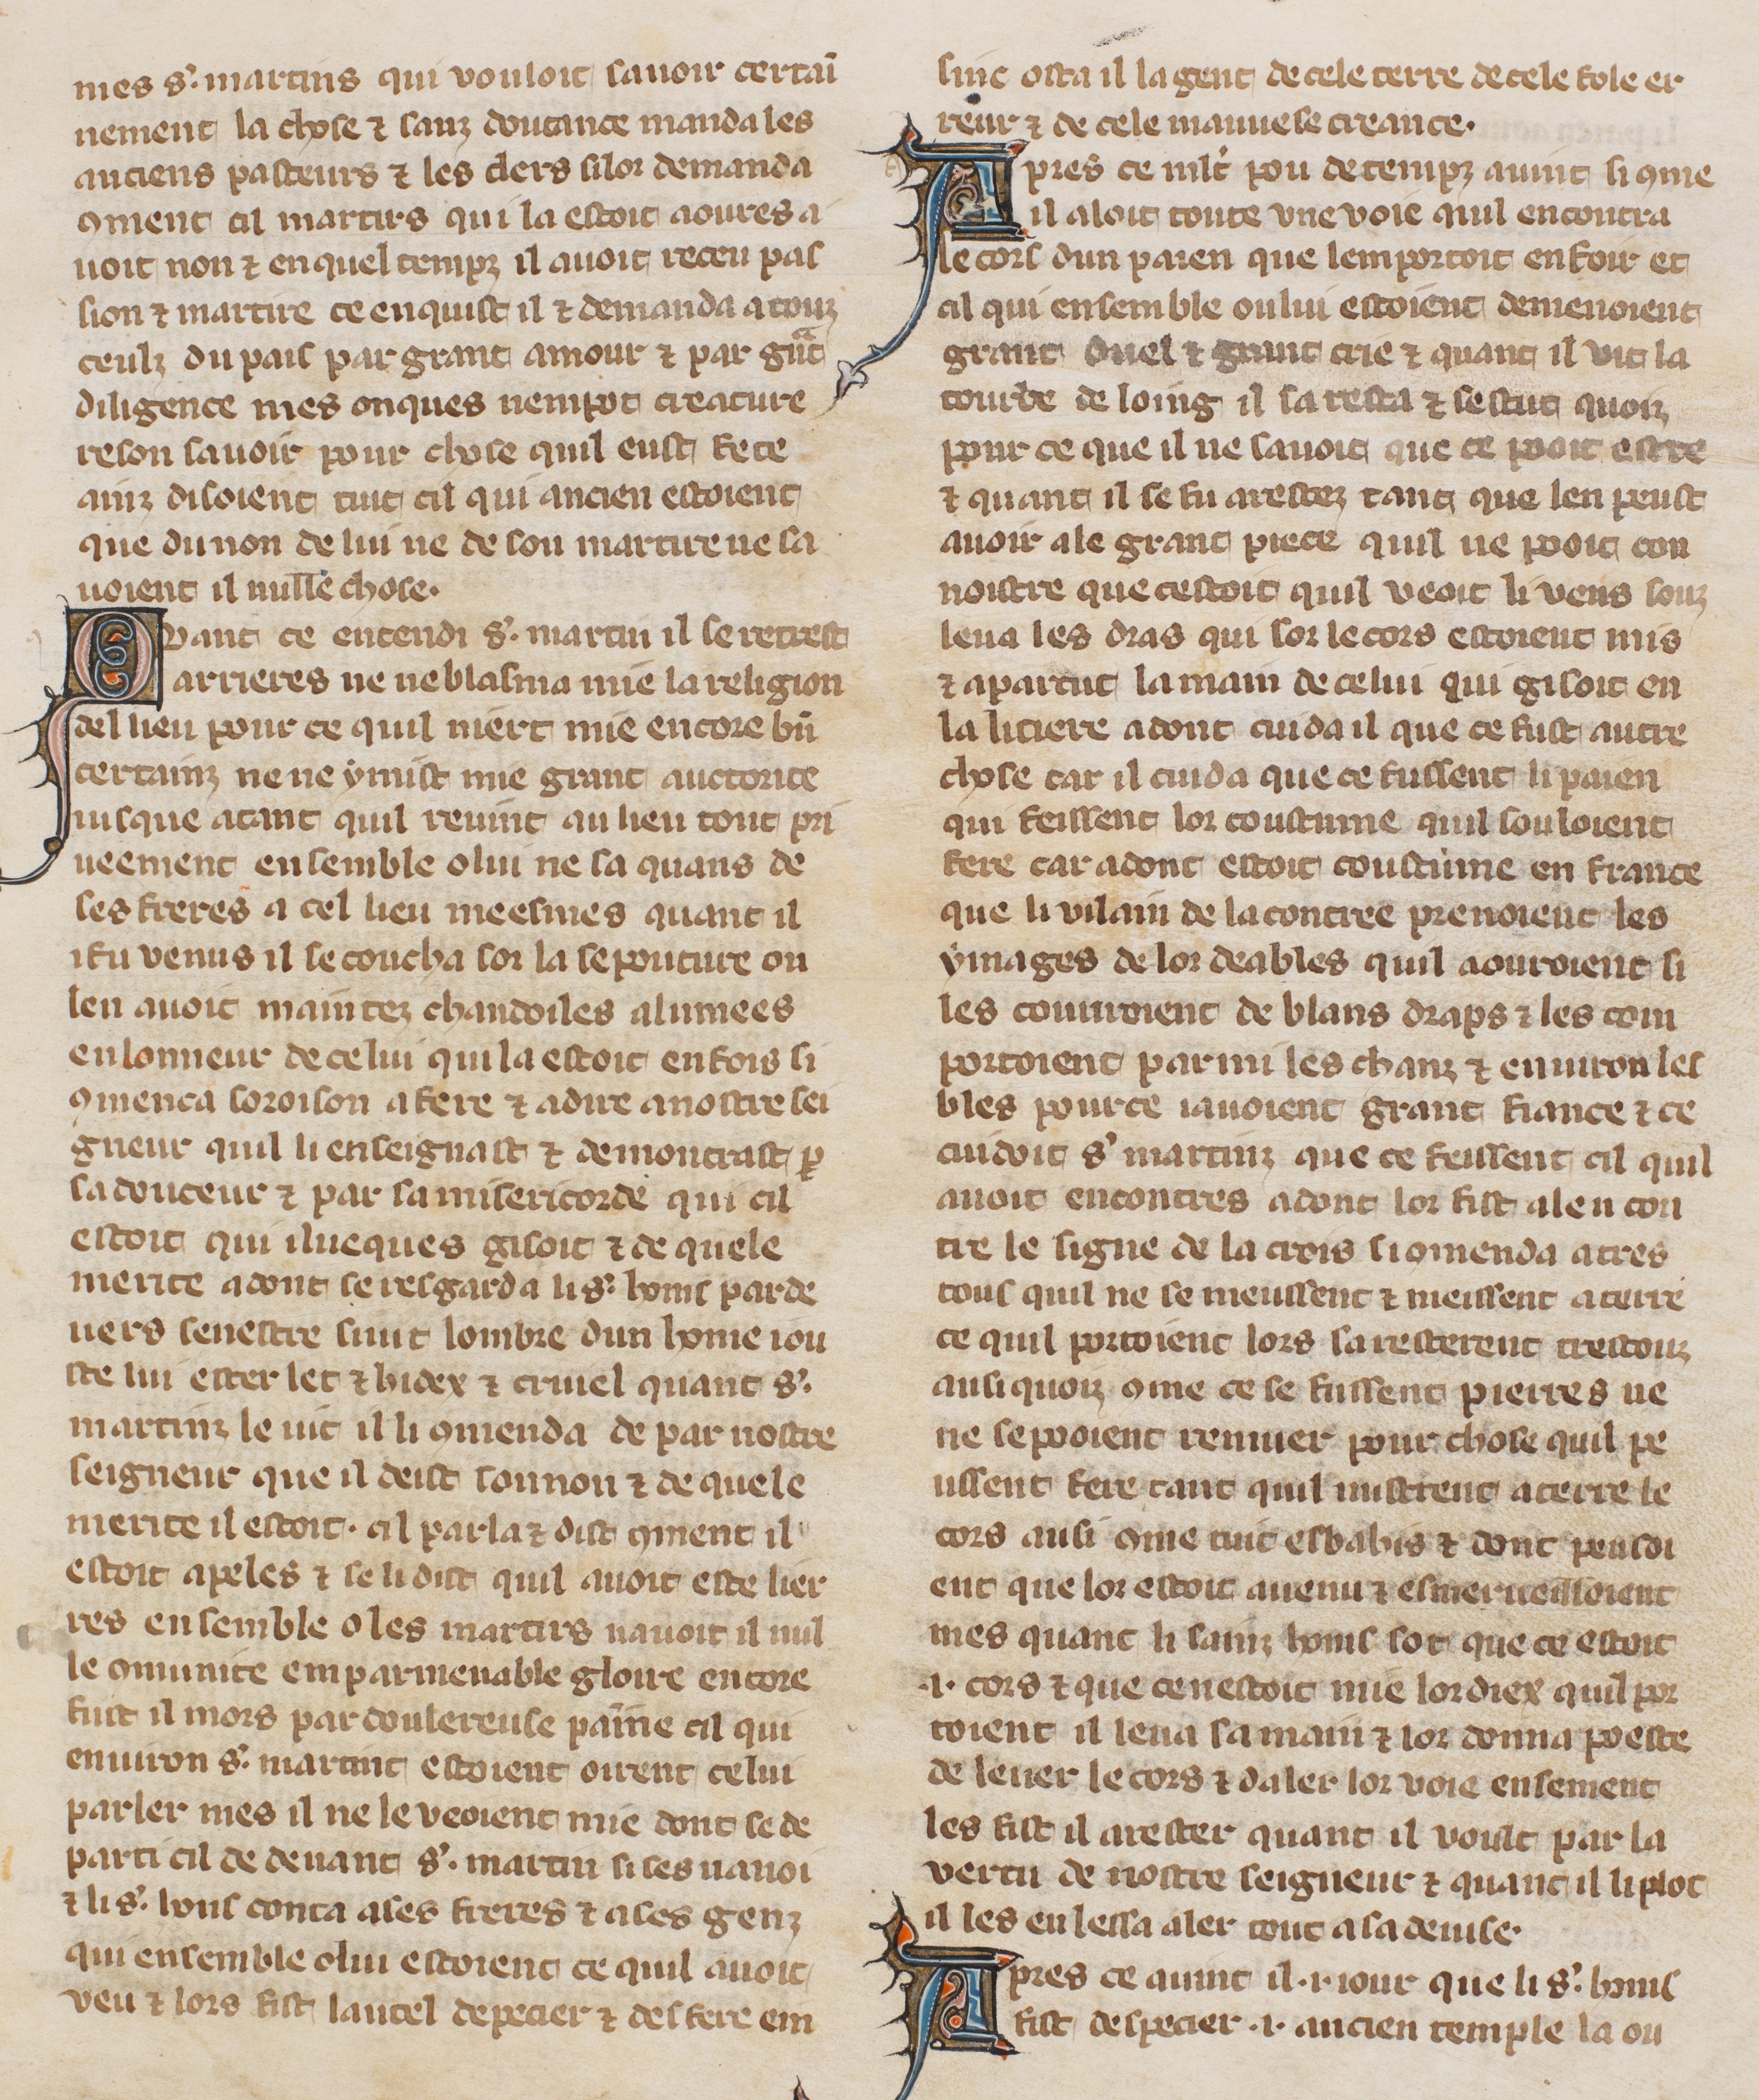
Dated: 1305–1335